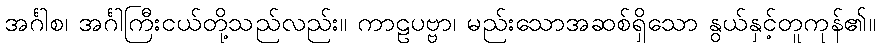
အင်္ဂါစ၊ အင်္ဂါကြီးငယ်တို့သည်လည်း။ ကာဠပဗ္ဗာ၊ မည်းသောအဆစ်ရှိသော နွယ်နှင့်တူကုန်၏။